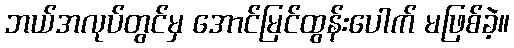
ဘယ်အလုပ်တွင်မှ အောင်မြင်ထွန်းပေါက် မဖြစ်ခဲ့။